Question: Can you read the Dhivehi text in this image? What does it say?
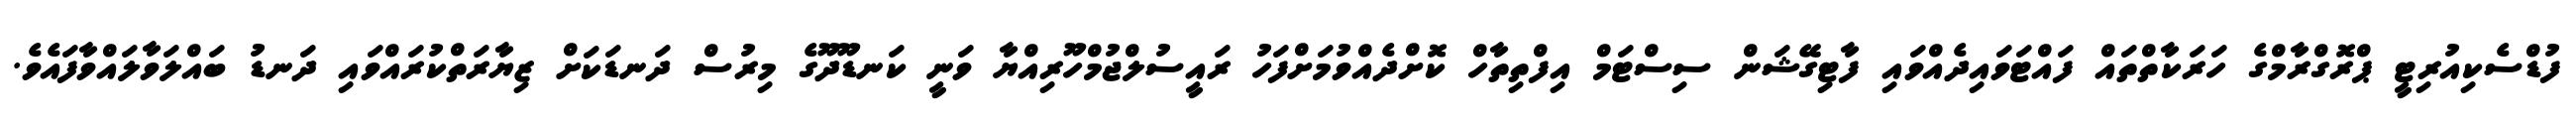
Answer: ފުޑްސެކިއުރިޓީ ޕްރޮގްރާމްގެ ހަރަކާތްތައް ފައްޓަވައިދެއްވައި ފާޓިގޭޝަން ސިސްޓަމް އިފްތިތާހް ކޮށްދެއްވުމަށްފަހު ރައީސުލްޖުމްހޫރިއްޔާ ވަނީ ކަނޑޫދޫގެ މިރުސް ދަނޑަކަށް ޒިޔާރަތްކުރައްވައި ދަނޑު ބައްލަވާލައްވާފައެވެ.